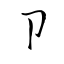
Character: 卩